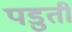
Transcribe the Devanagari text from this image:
पडुती